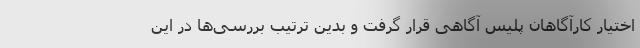
اختیار کارآگاهان پلیس آگاهی قرار گرفت و بدین ترتیب بررسی‌ها در این